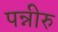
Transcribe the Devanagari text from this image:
पन्नीरु